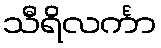
သီရိလင်္ကာ